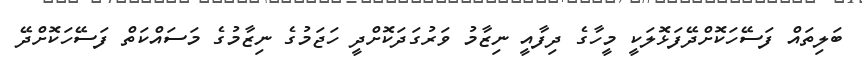
ބަލިތައް ފަސޭހަކޮށްދޭފަޅޮލަކީ މީހާގެ ދިފާއީ ނިޒާމު ވަރުގަދަކޮށްދީ ހަޖަމުގެ ނިޒާމުގެ މަސައްކަތް ފަސޭހަކޮށްދޭ